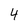
Character: 4